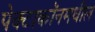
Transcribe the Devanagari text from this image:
पेक्टाकॉनमधील